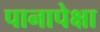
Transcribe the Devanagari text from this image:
पानापेक्षा